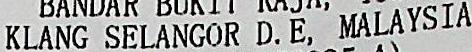
KLANG SELANGOR D. E, MALAYSIA